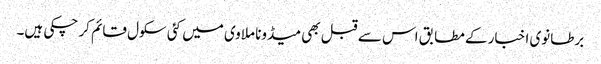
برطانوی اخبار کے مطابق اس سے قبل بھی میڈونا ملاوی میں کئی سکول قائم کر چکی ہیں۔